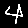
Digit: 4